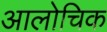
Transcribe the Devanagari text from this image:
आलोचिक